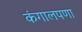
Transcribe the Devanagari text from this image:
कंगालपणा